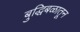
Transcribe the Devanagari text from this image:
बुद्धिबळातून